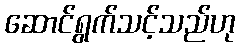
ဆောင်ရွက်သင့်သည်ဟု